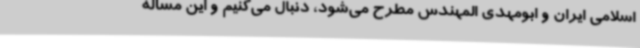
اسلامی ایران و ابومهدی المهندس مطرح می‌شود، دنبال می‌کنیم و این مسأله